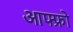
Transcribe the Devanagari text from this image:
आफ्फ्रो